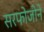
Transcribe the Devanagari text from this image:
सरफोजीने